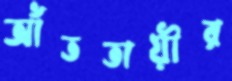
আঁততায়ীর